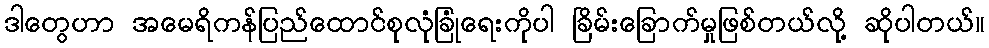
ဒါတွေဟာ အမေရိကန်ပြည်ထောင်စုလုံခြုံရေးကိုပါ ခြိမ်းခြောက်မှုဖြစ်တယ်လို့ ဆိုပါတယ်။